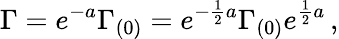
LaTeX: \Gamma=e^{-a}\Gamma_{(0)}=e^{-{\frac{1}{2}}a}\Gamma_{(0)}e^{{\frac{1}{2}}a}\, ,